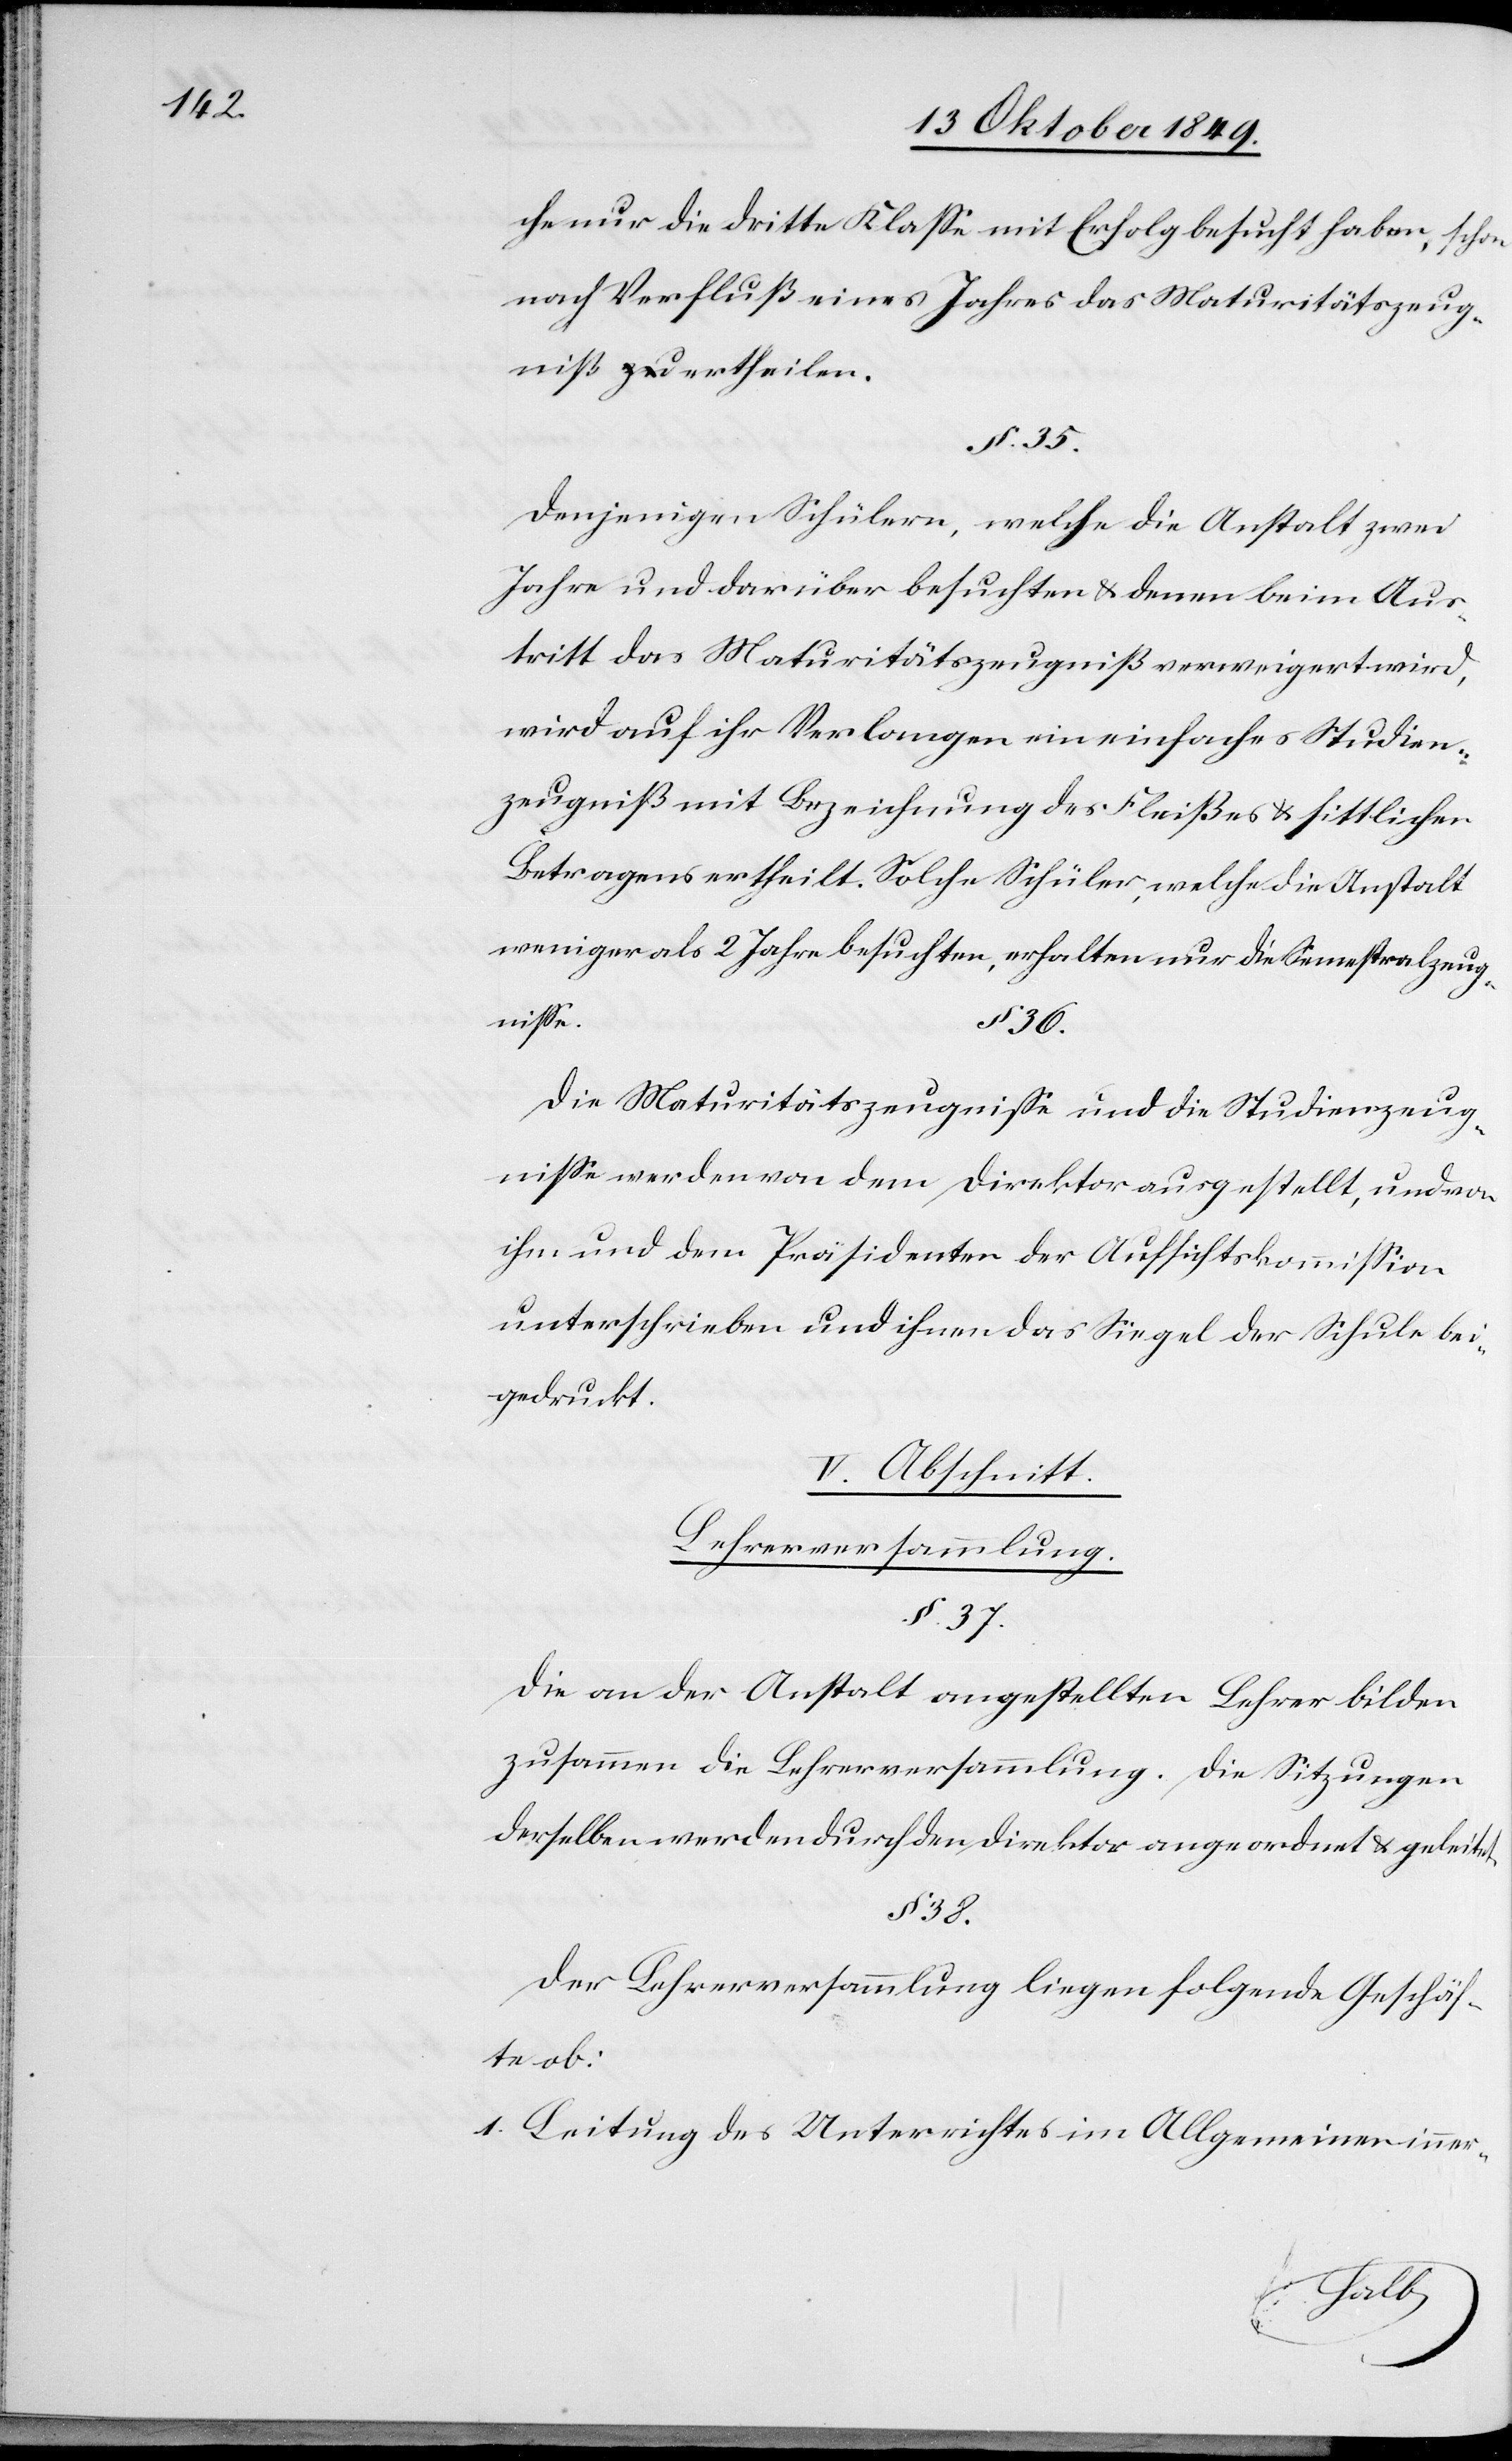
che nur die dritte Klaße mit Erfolg besucht haben, schon
nach Verfluß eines Jahres das Maturitätszeug¬
niß zu ertheilen.
Denjenigen Schülern, welche die Anstalt zwei
Jahre und darüber besuchten u. denen beim Aus¬
tritt das Maturitätszeugniß verweigert wird,
wird auf ihr Verlangen ein einfaches Studien¬
zeugniß mit Bezeichnung des Fleißes u. sittlicher
Betragens ertheilt. Solche Schüler, welche die Anstalt
weniger als 2 Jahre besuchten, erhalten nur die Semestralzeug¬
niße.
§ 38.
Die Maturitätszeugniße und die Studienzeug¬
niße werden von dem Direktor ausgestellt, und von
ihm und dem Präsidenten der Aufsichtskommißion
unterschrieben und ihnen das Siegel der Schule bei¬
gedruckt.
V. Abschnitt
Lehrerversammlung.
§ 37.
Die an der Anstalt angestellten Lehrer bilden
zusammen die Lehrerversammlung. Die Sitzungen
derselben werden durch den Direktor angeordnet u. geleitet.
Der Lehrerversammlung liegen folgende Geschäf¬
te ob:
1. Beitrag des Unterrichtes im Allgemeinen inner-